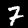
Digit: 7